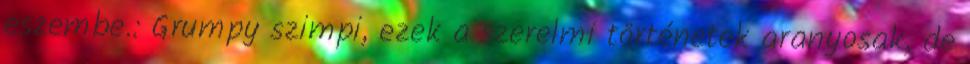
eszembe.: Grumpy szimpi, ezek a szerelmi történetek aranyosak, de